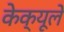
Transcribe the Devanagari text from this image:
केक्यूले